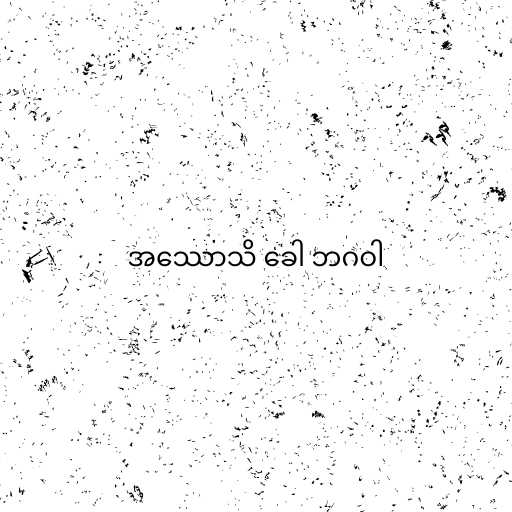
အဿောသိ ခေါ ဘဂဝါ